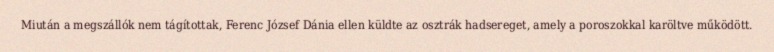
Miután a megszállók nem tágítottak, Ferenc József Dánia ellen küldte az osztrák hadsereget, amely a poroszokkal karöltve működött.